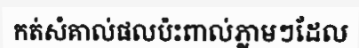
កត់សំគាល់ផលប៉ះពាល់ភ្លាមៗដែល